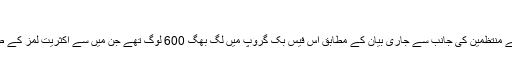
‘
مظاہرے کے منتظمین کی جانب سے جاری بیان کے مطابق اس فیس بُک گروپ میں لگ بھگ 600 لوگ تھے جن میں سے اکثریت لمز کے طلبا کی تھی۔